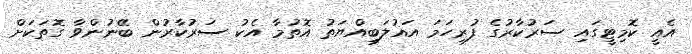
އެއީ ކޮމިޓީގައި ސަރުކާރުގެ ފުރިހަމަ އަޣުލަބިއްޔަތު އޮތުމާ އެކު ސަރުކާރުން ބޭނުންވާ ގޮތަކަށް